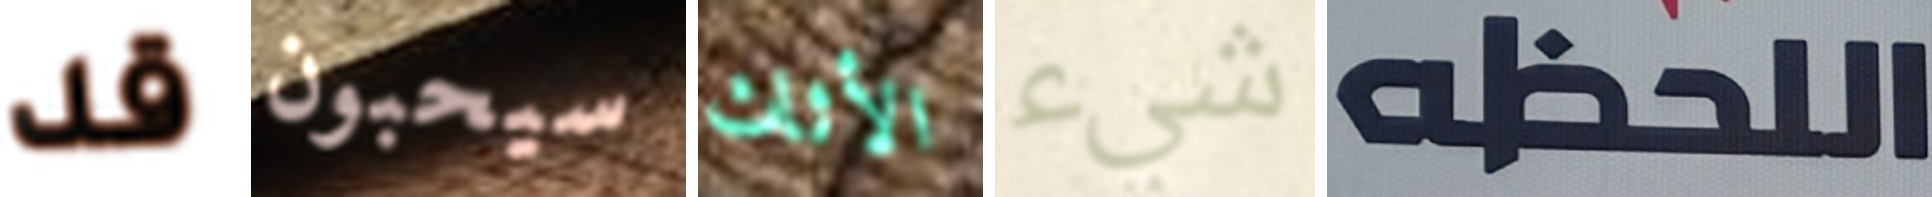
قد سيحبون الأثاث شيء اللحظه